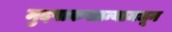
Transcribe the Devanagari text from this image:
मुदपाकखान्यामधून